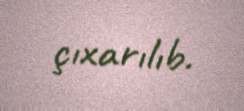
çıxarılıb.